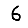
Digit: 6